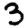
Digit: 3